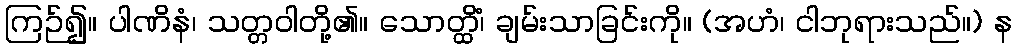
ကြဉ်၍။ ပါဏိနံ၊ သတ္တဝါတို့၏။ သောတ္ထိံ၊ ချမ်းသာခြင်းကို။ (အဟံ၊ ငါဘုရားသည်။) န